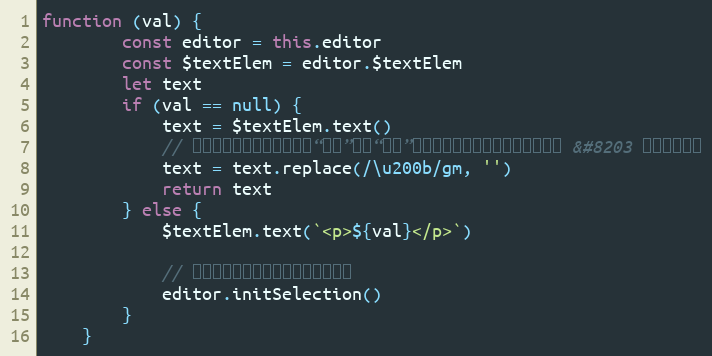
Language: JavaScript
function (val) {
        const editor = this.editor
        const $textElem = editor.$textElem
        let text
        if (val == null) {
            text = $textElem.text()
            // 未选中任何内容的时候点击“加粗”或者“斜体”等按钮，就得需要一个空的占位符 &#8203 ，这里替换掉
            text = text.replace(/\u200b/gm, '')
            return text
        } else {
            $textElem.text(`<p>${val}</p>`)

            // 初始化选取，将光标定位到内容尾部
            editor.initSelection()
        }
    }